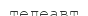
телеавт